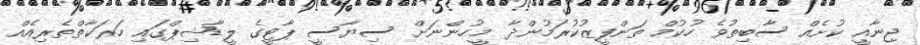
ޖިނާއީ ކުށެއް ސާބިތުވެ ހުކުމް ތަންފީޒުކުރަމުންދާ މީހުންނަށް ސިޔާސީ ޕާޓީގެ ލީޑާޝިޕްގައި ހަރަކާތްތެރިއެއް